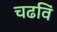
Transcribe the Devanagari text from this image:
चढविं